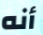
أنه